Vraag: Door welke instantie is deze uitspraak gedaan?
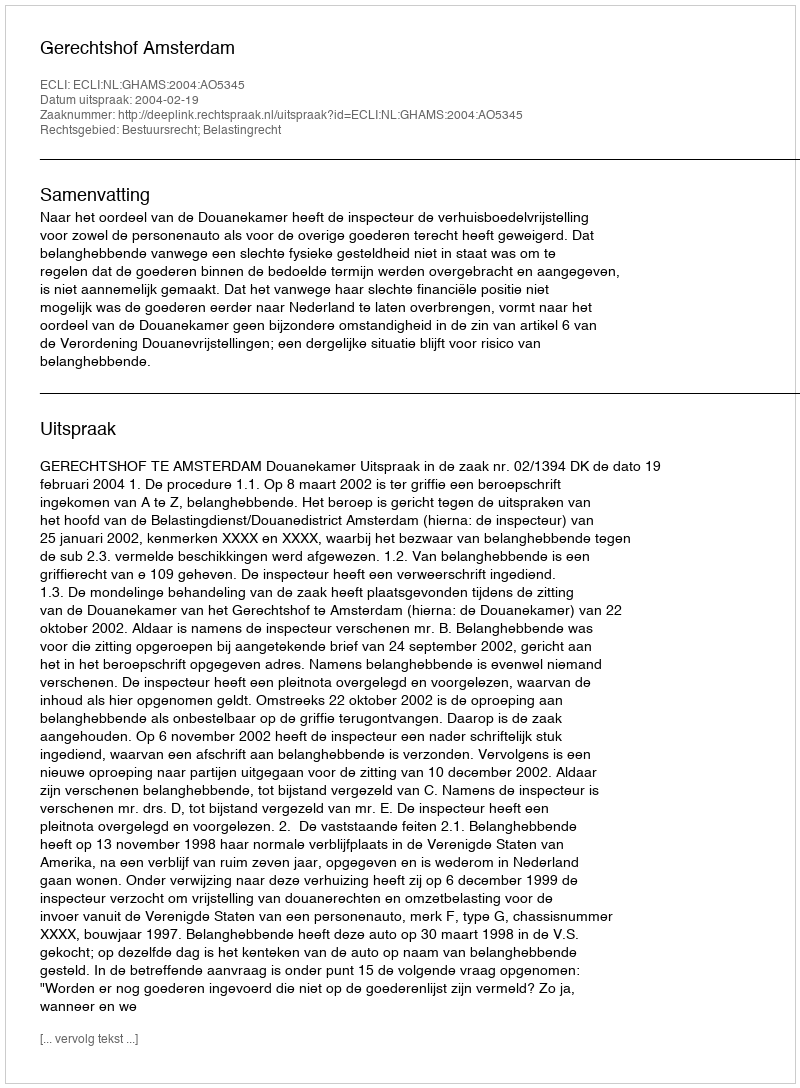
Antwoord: Gerechtshof Amsterdam